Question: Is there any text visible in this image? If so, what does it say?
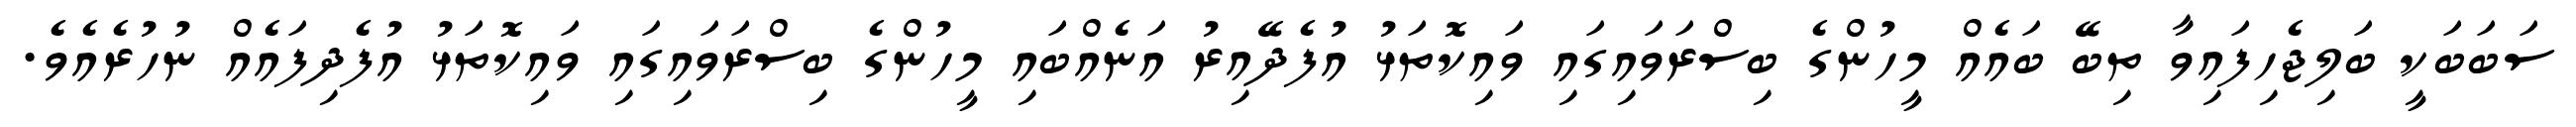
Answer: ސަބަބަކީ ބަލިޖެހިފައިވާ ތިބޭ ބައެއް މީހުންގެ ބިސްރަވައިގައި ވައިކޮތަޅު އުފެދޭއިރު އަނެއްބައި މީހުންގެ ބިސްރަވައިގައި ވައިކޮތަޅު އުފެދިފައެއް ނުހުރެއެވެ.